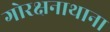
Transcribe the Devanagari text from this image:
गोरक्षनाथाना